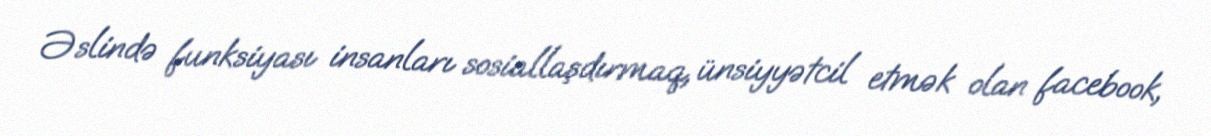
Əslində funksiyası insanları sosiallaşdırmaq, ünsiyyətcil etmək olan facebook,